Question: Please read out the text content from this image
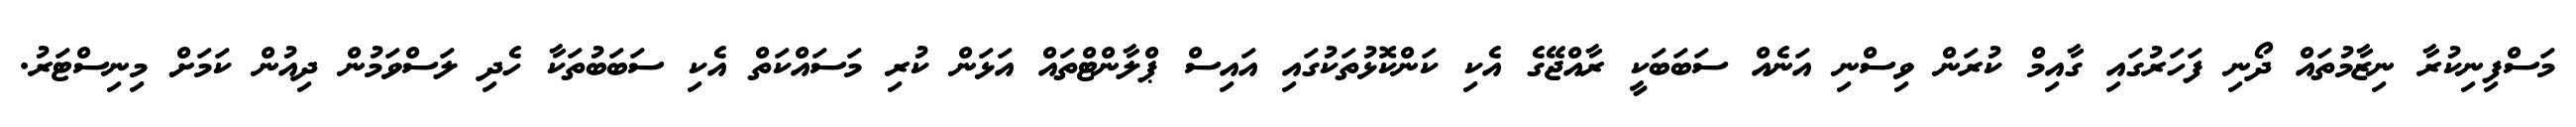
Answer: މަސްފިނިކުރާ ނިޒާމުތައް ދޯނި ފަހަރުގައި ގާއިމް ކުރަން ވިސްނި އަނެއް ސަބަބަކީ ރާއްޖޭގެ އެކި ކަންކޮޅުތަކުގައި އައިސް ޕްލާންޓްތައް އަޅަން ކުރި މަސައްކަތް އެކި ސަބަބުތަކާ ހެދި ލަސްވަމުން ދިއުން ކަމަށް މިނިސްޓަރު.